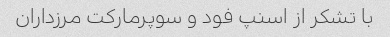
با تشکر از اسنپ فود و سوپرمارکت مرزداران